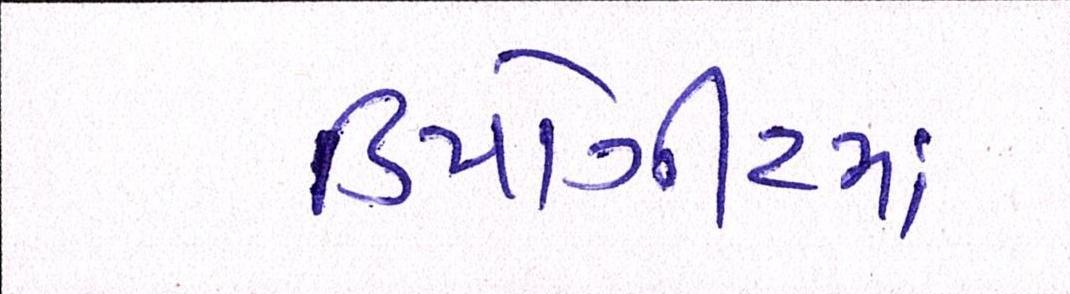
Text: ડિપોઝીટમાં